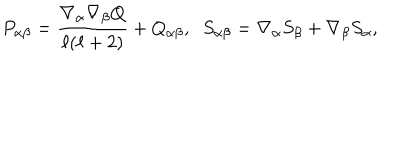
P _ { \alpha \beta } = \frac { \nabla _ { \alpha } \nabla _ { \beta } Q } { \ell ( \ell + 2 ) } + Q _ { \alpha \beta } , \; \; S _ { \alpha \beta } = \nabla _ { \alpha } S _ { \beta } + \nabla _ { \beta } S _ { \alpha } ,